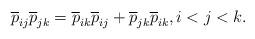
LaTeX: \begin{gather*} {\overline{p}}_{ij}{\overline{p}}_{jk}={\overline{p}}_{ik}{\overline{p}}_{ij}+{\overline{p}}_{jk}{\overline{p}}_{ik},i < j < k.\end{gather*}